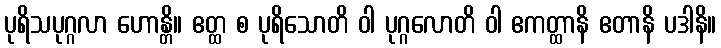
ပုရိသပုဂ္ဂလာ ဟောန္တိ။ ဧတ္ထ စ ပုရိသောတိ ဝါ ပုဂ္ဂလောတိ ဝါ ဧကတ္ထာနိ ဧတာနိ ပဒါနိ။